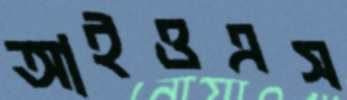
আইওএস